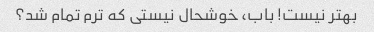
بهتر نیست! باب، خوشحال نیستی که ترم تمام شد؟